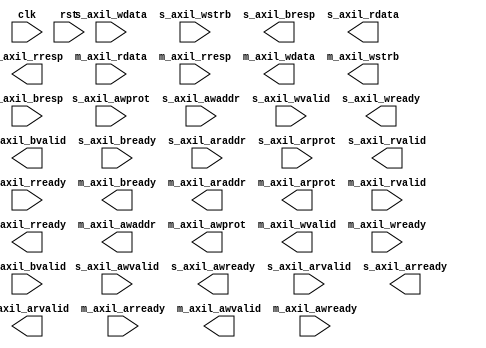
module qsys_top_axil_interconnect_0 #(
		parameter S_COUNT         = 1,
		parameter M_COUNT         = 2,
		parameter DATA_WIDTH      = 32,
		parameter ADDR_WIDTH      = 12,
		parameter STRB_WIDTH      = 4,
		parameter M_REGIONS       = 1,
		parameter M_BASE_ADDR     = 0,
		parameter M_ADDR_WIDTH    = 0,
		parameter M_CONNECT_READ  = 0,
		parameter M_CONNECT_WRITE = 0,
		parameter M_SECURE        = 0
	) (
		input  wire        clk,            //                  clock.clk
		input  wire        rst,            //             reset_sink.reset
		input  wire [2:0]  s_axil_awprot,  //  altera_axi4lite_slave.awprot
		input  wire [31:0] s_axil_awaddr,  //                       .awaddr
		input  wire [0:0]  s_axil_awvalid, //                       .awvalid
		output wire [0:0]  s_axil_awready, //                       .awready
		input  wire [31:0] s_axil_wdata,   //                       .wdata
		input  wire [3:0]  s_axil_wstrb,   //                       .wstrb
		input  wire [0:0]  s_axil_wvalid,  //                       .wvalid
		output wire [0:0]  s_axil_wready,  //                       .wready
		output wire [1:0]  s_axil_bresp,   //                       .bresp
		output wire [0:0]  s_axil_bvalid,  //                       .bvalid
		input  wire [0:0]  s_axil_bready,  //                       .bready
		input  wire [31:0] s_axil_araddr,  //                       .araddr
		input  wire [2:0]  s_axil_arprot,  //                       .arprot
		input  wire [0:0]  s_axil_arvalid, //                       .arvalid
		output wire [0:0]  s_axil_arready, //                       .arready
		output wire [31:0] s_axil_rdata,   //                       .rdata
		output wire [1:0]  s_axil_rresp,   //                       .rresp
		output wire [0:0]  s_axil_rvalid,  //                       .rvalid
		input  wire [0:0]  s_axil_rready,  //                       .rready
		output wire        m_axil_bready,  // altera_axi4lite_master.bready
		output wire [31:0] m_axil_araddr,  //                       .araddr
		output wire [2:0]  m_axil_arprot,  //                       .arprot
		output wire        m_axil_arvalid, //                       .arvalid
		input  wire        m_axil_arready, //                       .arready
		input  wire [31:0] m_axil_rdata,   //                       .rdata
		input  wire [1:0]  m_axil_rresp,   //                       .rresp
		input  wire        m_axil_rvalid,  //                       .rvalid
		output wire        m_axil_rready,  //                       .rready
		output wire [31:0] m_axil_awaddr,  //                       .awaddr
		output wire [2:0]  m_axil_awprot,  //                       .awprot
		output wire        m_axil_awvalid, //                       .awvalid
		input  wire        m_axil_awready, //                       .awready
		output wire [31:0] m_axil_wdata,   //                       .wdata
		output wire [3:0]  m_axil_wstrb,   //                       .wstrb
		output wire        m_axil_wvalid,  //                       .wvalid
		input  wire        m_axil_wready,  //                       .wready
		input  wire [1:0]  m_axil_bresp,   //                       .bresp
		input  wire        m_axil_bvalid   //                       .bvalid
	);
endmodule